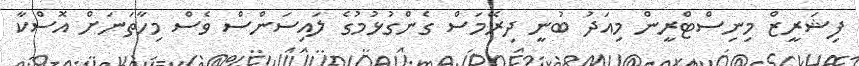
ފިޝަރީޒް މިނިސްޓްރީން މިއަދު ބުނީ ދިރޭމަސް ގެންގުޅުމުގެ ލައިސަންސް ވެސް މިހާތަނަށް އޮސްކާ